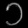
Digit: ၁